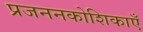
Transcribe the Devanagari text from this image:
प्रजननकोशिकाएँ